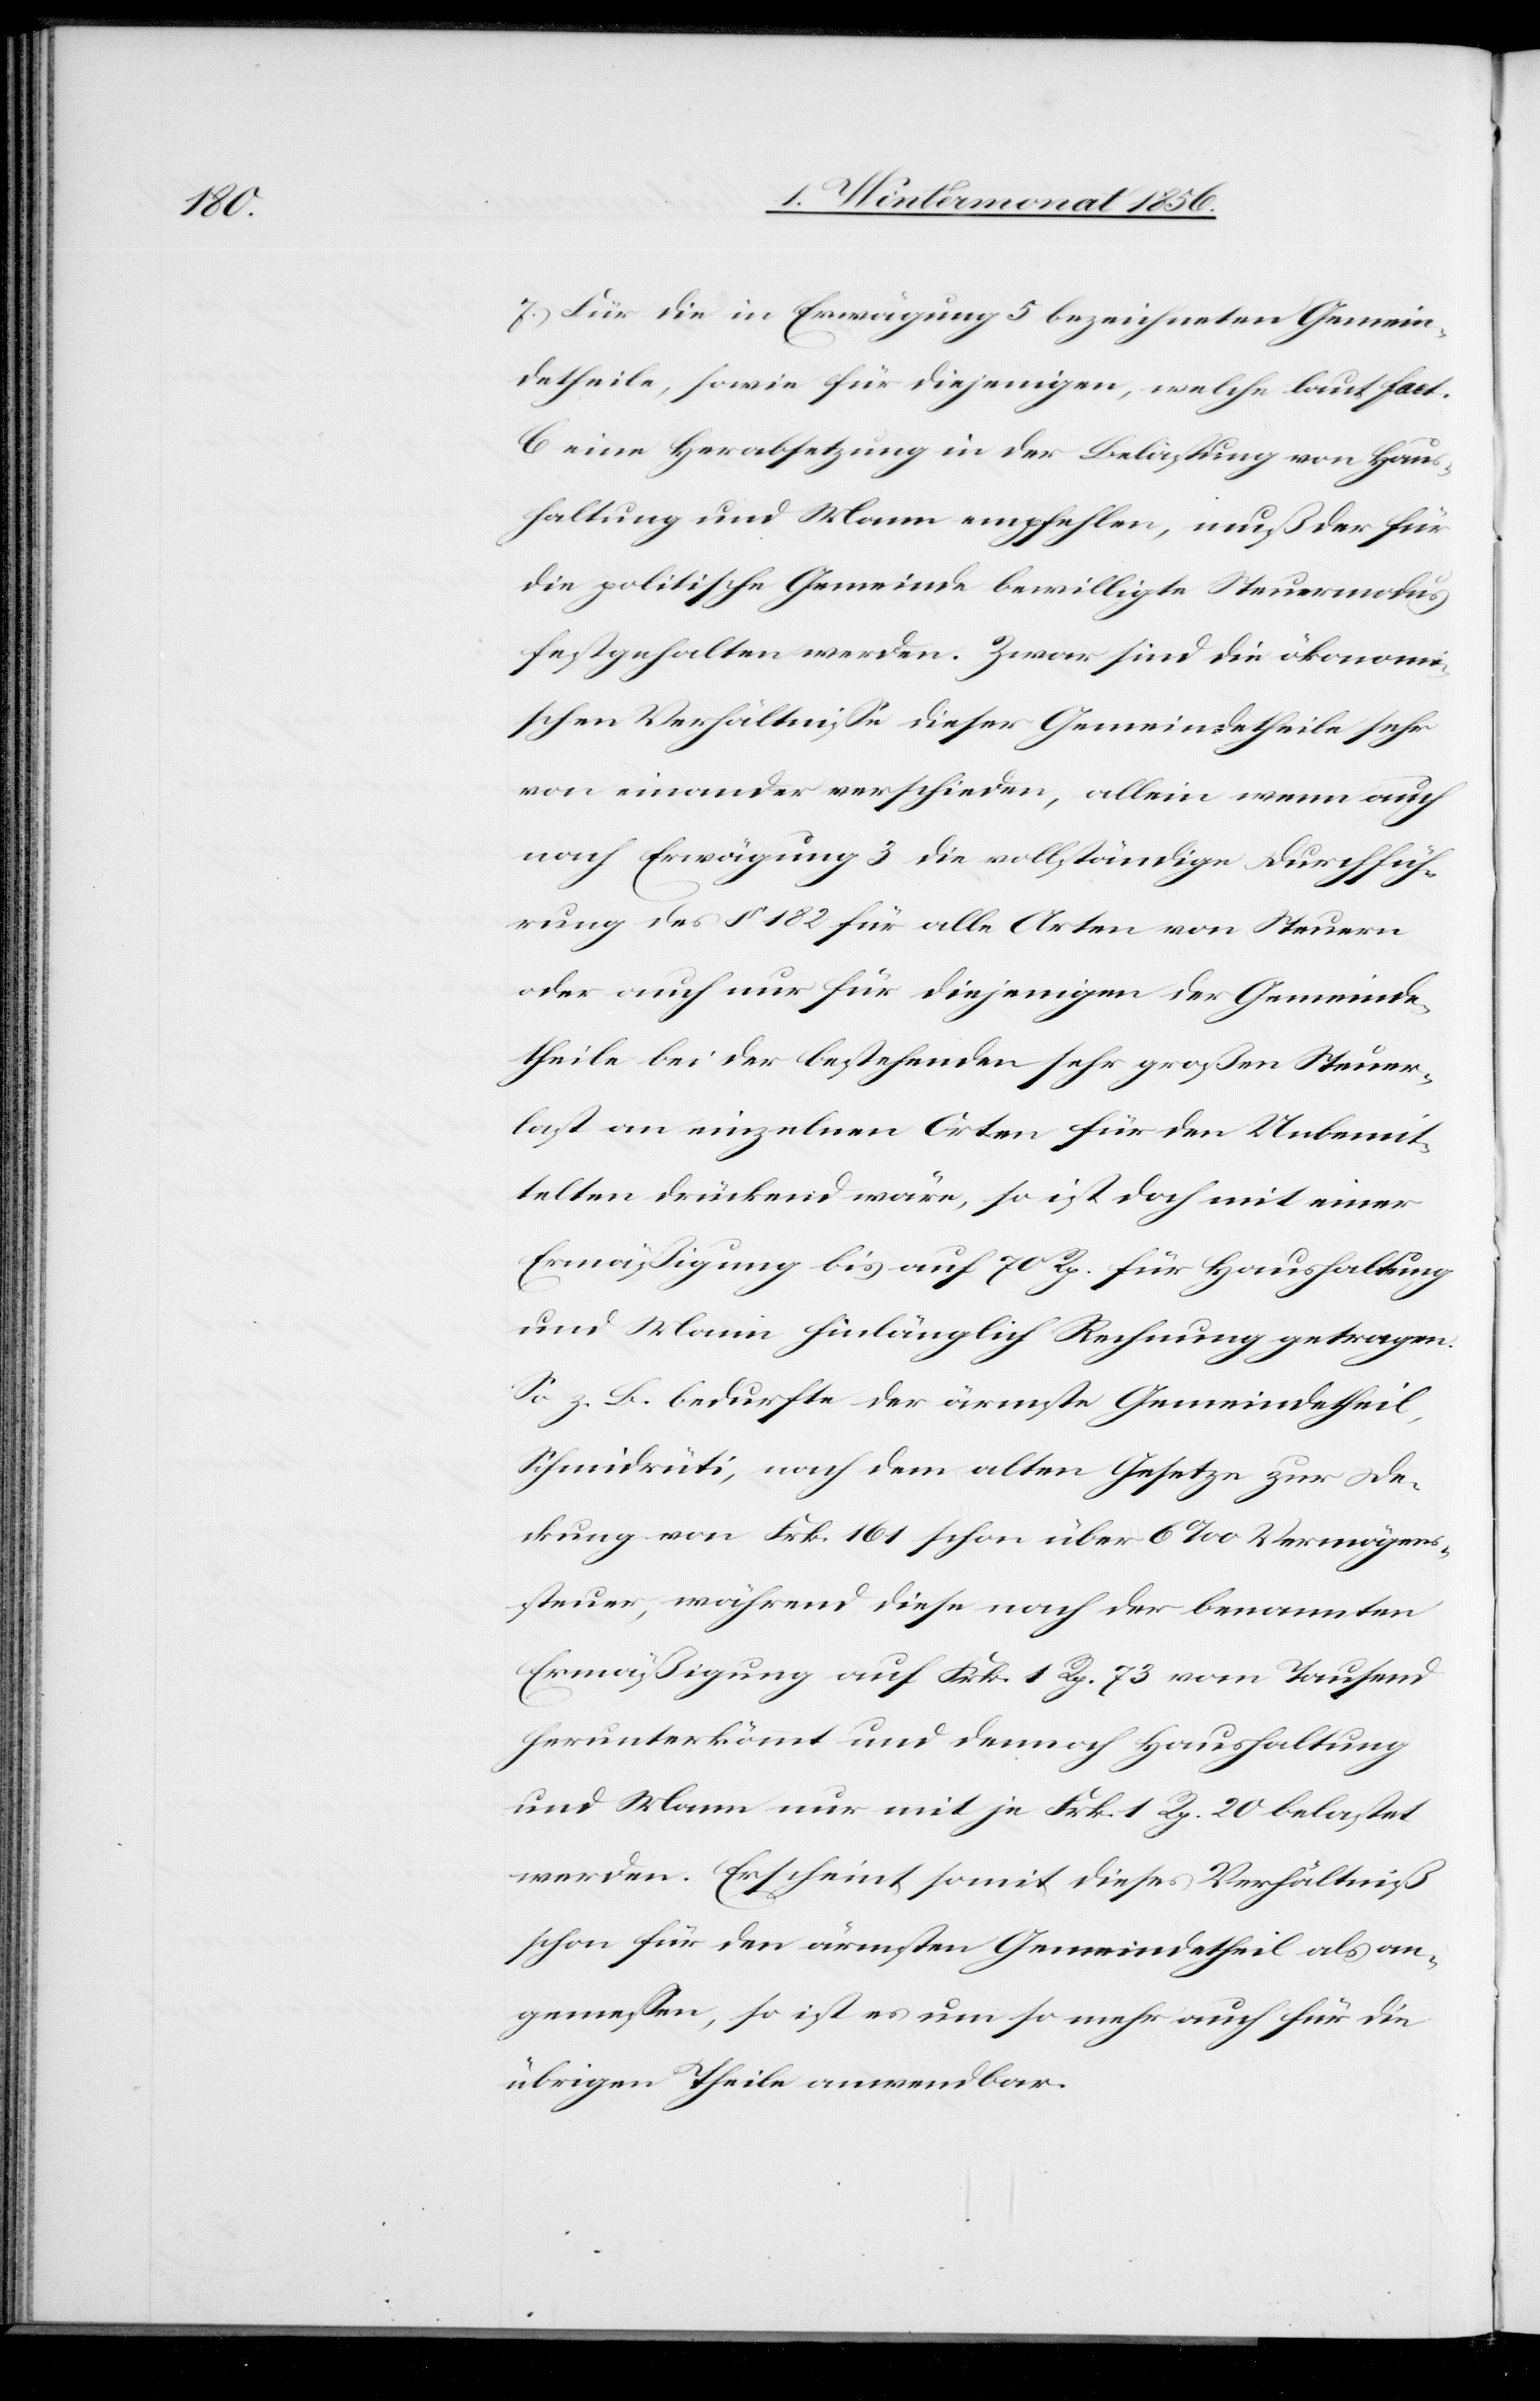
7.) Für die in Erwägung 5 bezeichneten Gemein¬
detheile, sowie für diejenigen, welche laut fact.
C eine Herabsetzung in der Belastung von Hau¬
shaltung und Mann empfehlen, muß der für
die politische Gemeinde bewilligte Steuermodus
festgehalten werden. Zwar sind die ökonomi¬
schen Verhältnisse dieser Gemeindetheile sehr
von einander verschieden, allein wenn auch
nach Erwägung 3 die vollständige Durchfüh¬
rung des § 182 für alle Arten von Steuern
oder auch nur für diejenigen der Gemeinde¬
theile bei der bestehenden sehr großen Steuer¬
last an einzelnen Orten für den Unbemit¬
telten drückend wäre, so ist doch mit einer
Ermäßigung bis auf 70 Rp. für Haushaltung
und Mann hinlänglich Rechnung getragen.
So z. B. bedurfte der ärmste Gemeindetheil,
Schmidrüti, nach dem alten Gesetze zur De¬
ckung von Frk. 161 schon über 6‰ Vermögens¬
steuer, während diese nach der benannten
Ermäßigung auf Frk. 1 Rp. 73 vom Tausend
herunterkömmt und dennoch Haushaltung
und Mann nur mit je Frk. 1 Rp. 20 belastet
werden. Erscheint somit dieses Verhältniß
schon für den ärmsten Gemeindetheil als an¬
gemessen, so ist es um so mehr auch für die
übrigen Theile anwendbar.